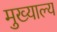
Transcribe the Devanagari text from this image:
मुख्याल्य